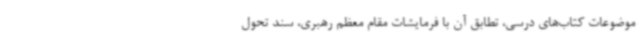
موضوعات کتاب‌های درسی، تطابق آن با فرمایشات مقام معظم رهبری، سند تحول